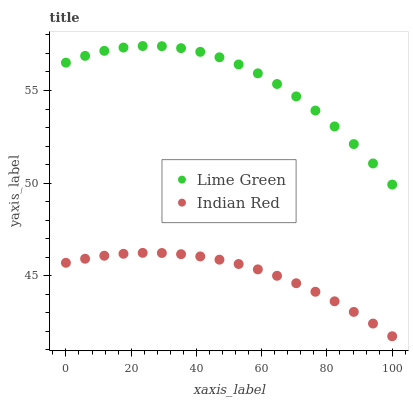
| xaxis_label | Lime Green | Indian Red |
 | --- | --- | --- |
 | 0 | 56.5 | 45.7 |
 | 5.88 | 56.9 | 45.9 |
 | 11.8 | 57.1 | 46.1 |
 | 17.6 | 57.3 | 46.2 |
 | 23.5 | 57.4 | 46.2 |
 | 29.4 | 57.4 | 46.2 |
 | 35.3 | 57.3 | 46.2 |
 | 41.2 | 57.1 | 46 |
 | 47.1 | 56.8 | 45.9 |
 | 52.9 | 56.4 | 45.6 |
 | 58.8 | 55.9 | 45.3 |
 | 64.7 | 55.4 | 45 |
 | 70.6 | 54.7 | 44.6 |
 | 76.5 | 53.9 | 44.1 |
 | 82.4 | 53.1 | 43.6 |
 | 88.2 | 52.1 | 43 |
 | 94.1 | 51.1 | 42.4 |
 | 100 | 49.9 | 41.7 |